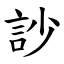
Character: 訬